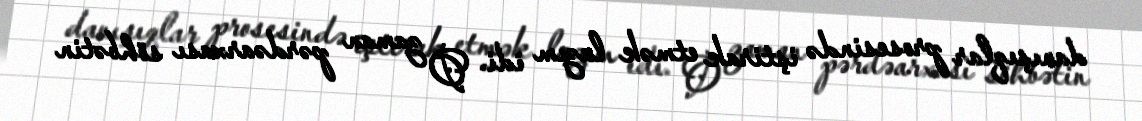
danışıqlar prosesində iştirak etmək lazım idi. O zaman pərdəarxası söhbətin